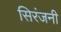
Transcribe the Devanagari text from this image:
सिरंजनी